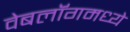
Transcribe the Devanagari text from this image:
वेबलॉगमध्ये